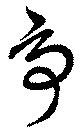
爭